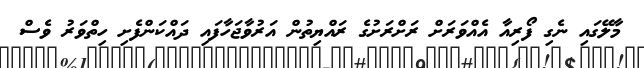
މާލޭގައި ނެގި ފޯރިއާ އެއްވަރަށް ރަށްރަށުގެ ރައްޔިތުން އަރުވާޖަހާފައި ދައްކަންފެށި ހިތްވަރު ވެސް